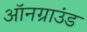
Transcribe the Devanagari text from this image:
ऑनग्राउंड